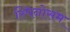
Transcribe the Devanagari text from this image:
स्पिनोसम